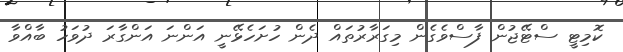
ކޮމިޓީ ސްޓޭޖުން ފާސްވެގެން މިގަރާރުތައް ދެން ހުށަހެޅޭނީ އަންނަ އަންގާރަ ދުވަހު ބާއްވާ